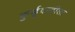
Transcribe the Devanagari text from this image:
कुर्डूवाडीला